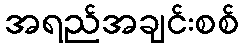
အရည်အချင်းစစ်